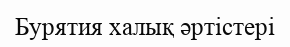
Бурятия халық әртістері